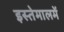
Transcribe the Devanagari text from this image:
इस्तेमालमें